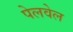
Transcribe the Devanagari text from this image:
पेलवेल